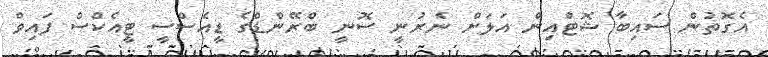
އެގޮތުން ސައިބާ ޝޮޓްއިން އަލަށް ނެރުނީ ސޮނީ ބްރޭންޑްގެ ޑީއެސްސީ ޓީއެކްސް ފައިވް